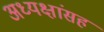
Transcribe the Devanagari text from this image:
अध्यक्षांसह